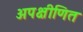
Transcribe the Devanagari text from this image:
अपक्षीणित